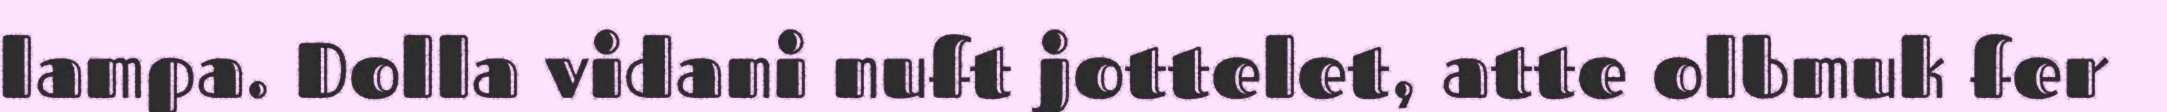
lampa. Dolla vidani nuft jottelet, atte olbmuk fer